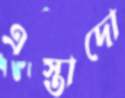
এস্তাদো